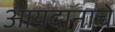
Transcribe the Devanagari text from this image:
आयदानाचे